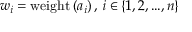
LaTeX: w _ { i } = \mathrm { w e i g h t } \left( a _ { i } \right) , \, i \in \{ 1 , 2 , . . . , n \}